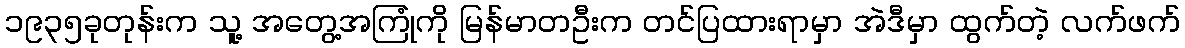
၁၉၃၅ခုတုန်းက သူ့ အတွေ့အကြုံကို မြန်မာတဦးက တင်ပြထားရာမှာ အဲဒီမှာ ထွက်တဲ့ လက်ဖက်